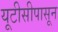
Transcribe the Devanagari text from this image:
यूटीसीपासून